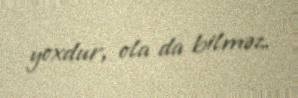
yoxdur, ola da bilməz.